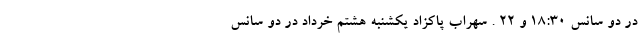
در دو سانس ۱۸:۳۰ و ۲۲ . سهراب پاکزاد یکشنبه هشتم خرداد در دو سانس